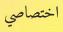
اختصاصي